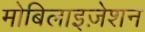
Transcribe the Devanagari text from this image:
मोबिलाइज़ेशन